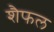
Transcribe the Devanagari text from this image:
शैफल